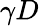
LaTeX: \gamma D